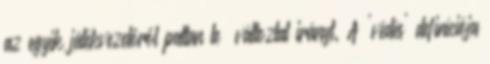
az egyik játékvezetőről pattan le változtat irányt. A 'védés' definíciója